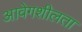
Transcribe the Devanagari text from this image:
आवेगशीलता